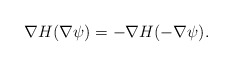
\begin{align*}\nabla H(\nabla\psi)=-\nabla H(-\nabla\psi).\end{align*}